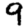
Digit: 9